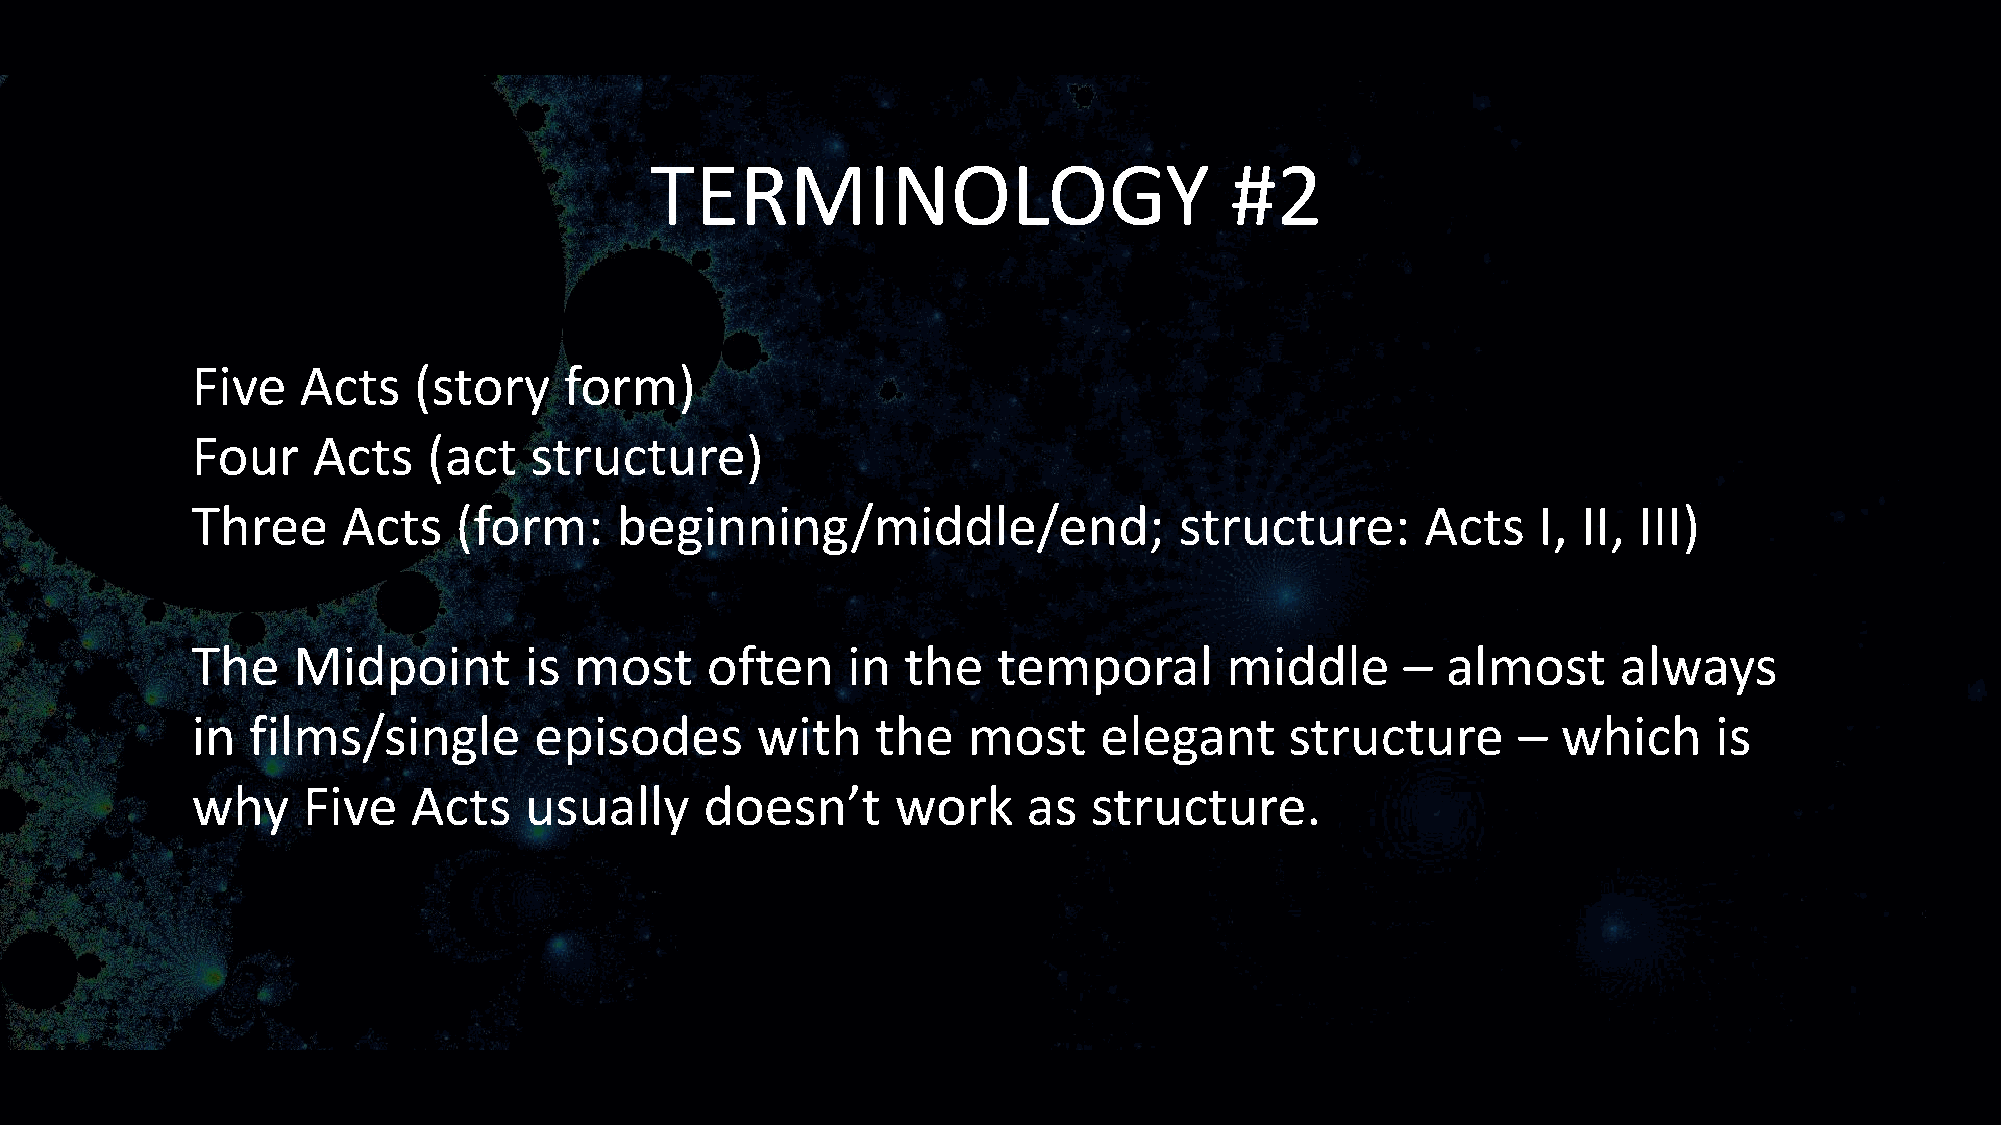
TERMINOLOGY                           #2
 Five   Acts   (story    form)
 Four    Acts   (act   structure)
 Three     Acts   (form:     beginning/middle/end;                structure:      Acts    I, II, III)
 The   Midpoint        is most     often    in  the   temporal       middle      –  almost     always
 in films/single       episodes       with    the   most     elegant     structure      –  which      is
 why    Five   Acts    usually     doesn’t     work     as  structure.